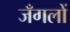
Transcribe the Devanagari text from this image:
जँगलों